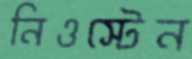
নিওস্টেন